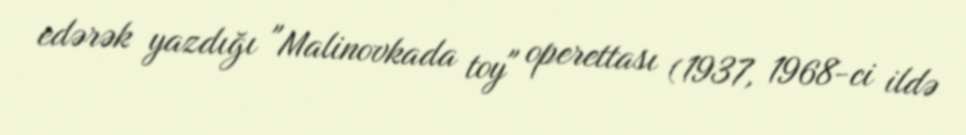
edərək yazdığı "Malinovkada toy" operettası (1937, 1968-ci ildə